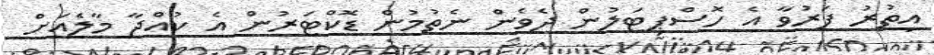
އިތުރު ފަރުވާ އެ ހޮސްޕިޓަލުން ދެވެން ނެތުމުން ޑޮކްޓަރުން އެ ކުއްޖާ މާލެއަށް